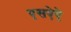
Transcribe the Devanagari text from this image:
एसऐऐ